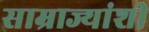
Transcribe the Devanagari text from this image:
साम्राज्यांशी